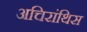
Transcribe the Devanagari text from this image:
अचिरांथिस